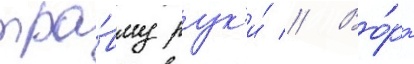
тра́вму рук'и́ // Во́рт